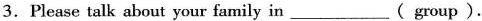
3.Please talk about your family in___( group ).